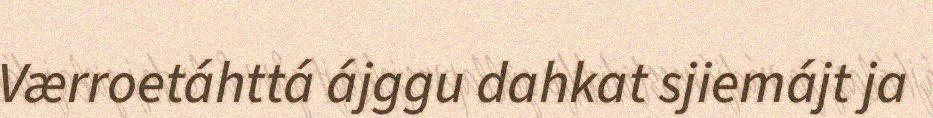
Værroetáhttá ájggu dahkat sjiemájt ja